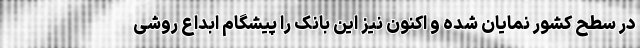
در سطح کشور نمایان شده و اکنون نیز این بانک را پیشگام ابداع روشی